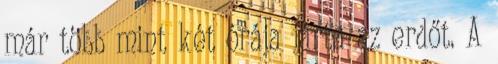
már több mint két órája járta az erdőt. A